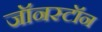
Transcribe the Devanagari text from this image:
जॉनस्टॉन